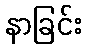
နာခြင်း